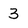
Character: 3